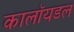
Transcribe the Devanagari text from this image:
कालॉयडल